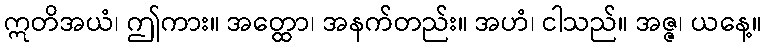
ဣတိအယံ၊ ဤကား။ အတ္ထော၊ အနက်တည်း။ အဟံ၊ ငါသည်။ အဇ္ဇ၊ ယနေ့။